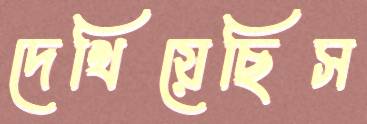
দেখিয়েছিস